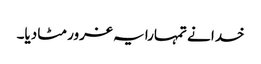
خدا نے تمہارا یہ غرور مٹا دیا۔